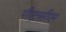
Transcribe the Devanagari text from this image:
पीएलसीएम